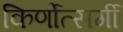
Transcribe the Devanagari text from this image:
किर्णोत्सर्गी